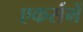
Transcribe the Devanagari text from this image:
एकर्समें